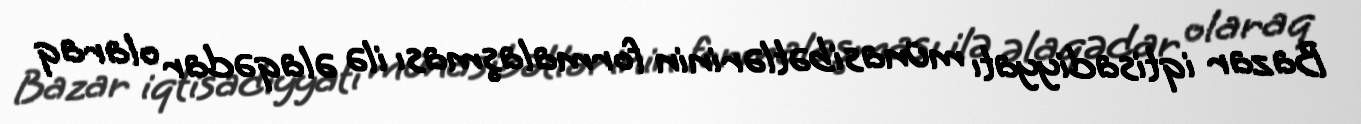
Bazar iqtisadiyyatı münasibətlərinin formalaşması ilə əlaqədar olaraq